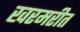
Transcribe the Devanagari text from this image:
खरमरीत